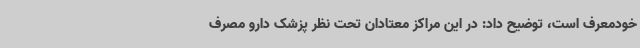
خودمعرف است، توضیح داد: در این مراکز معتادان تحت نظر پزشک دارو مصرف